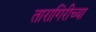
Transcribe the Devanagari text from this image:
तारागिरीच्या